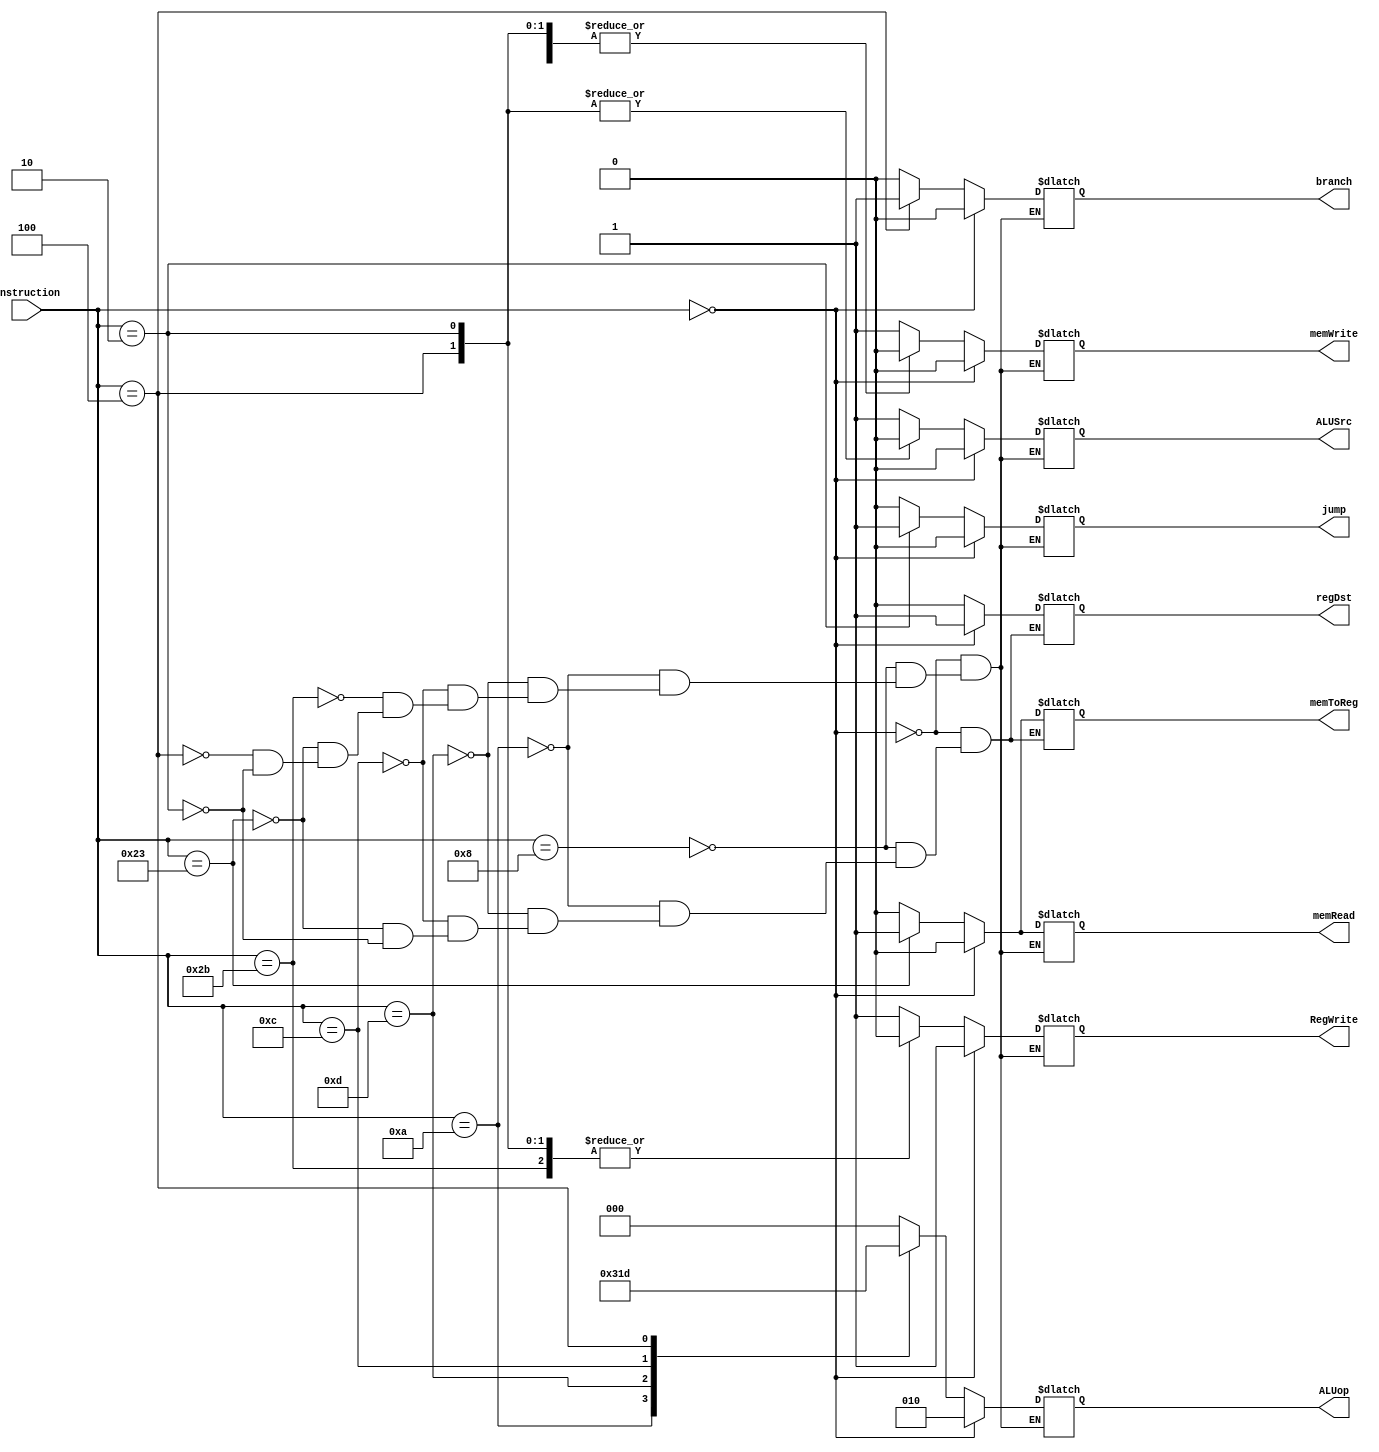

`timescale 1ns/1ns
module ControlUnit (
    input [5:0] instruction,
    output reg regDst,
    output reg branch,
    output reg memRead,
    output reg memToReg,
    output reg [2:0]ALUop,
    output reg memWrite,
    output reg ALUSrc,
    output reg RegWrite,
    output reg jump
);
    always @(instruction) begin
        if (instruction == 6'b000_000) begin
            /* Formato de instrucciones R
            No almacena datos en memoria, solo en banco de registros*/
            regDst <= 1;
            branch <= 0;
            memRead <= 0;
            memToReg <= 0;
            ALUop <= 010;
            memWrite <= 0;
            ALUSrc <= 0;
            RegWrite <= 1;
			jump <= 0;
        end
	else begin
		/*Formato de instrucciones I*/
		case(instruction)
			6'b001000: begin
				regDst <= 0;
				ALUSrc <= 1;
				memToReg <= 0;
				RegWrite <= 1;
				memRead <= 0;
				memWrite <= 1;
				branch <= 0; 
				jump <= 0;
				ALUop <= 3'b000; //Addw
			end
			6'b001010: begin
				regDst <= 0;
				ALUSrc <= 1;
				memToReg <= 0;
				RegWrite <= 1;
				memRead <= 0;
				memWrite <= 1;
				branch <= 0;
				jump <= 0;
				ALUop <= 3'b001; //Set on Less
			end
			6'b001101: begin
				regDst <= 0;
				ALUSrc <= 1;
				memToReg <= 0;
				RegWrite <= 1;
				memRead <= 0;
				memWrite <= 1;
				branch <= 0;
				jump <= 0;
				ALUop <= 3'b100; //OR
			end
			6'b001100: begin
				regDst <= 0;
				ALUSrc <= 1;
				memToReg <= 0;
				RegWrite <= 1;
				memRead <= 0;
				memWrite <= 1;
				branch <= 0;
				jump <= 0;
				ALUop <= 3'b011; //And 
			end
			6'b101011: begin
				ALUSrc <= 1;
				RegWrite <= 0;
				memRead <= 0;
				memWrite <= 1;
				branch <= 0; 
				jump <= 0;
				ALUop <= 3'b000; //SW
			end
			6'b100011: begin
				regDst <= 0;
				ALUSrc <= 1;
				memToReg <= 1;
				RegWrite <= 1;
				memRead <= 1;
				memWrite <= 0;
				branch <= 0; 
				jump <= 0;
				ALUop <= 3'b000; //LW	
			end
			6'b000100: begin
				ALUSrc <= 0;
				RegWrite <= 0;
				memRead <= 0;
				memWrite <= 0;
				branch <= 1;
				jump <= 0;
				ALUop <= 3'b101; //BEQ
			end	
			6'b000010: begin
				regDst <= 0;
				branch <= 0;
				memRead <= 0;
				memToReg <= 0;
				ALUop <= 3'b000;
				memWrite <= 0;
				ALUSrc <= 0;
				RegWrite <= 0;
				jump <= 1;
			end // Jump
		endcase
	    end
    	end
endmodule //ControlUnit